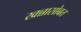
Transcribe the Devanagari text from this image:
खन्नासोबत